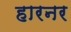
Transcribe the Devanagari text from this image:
हारनर